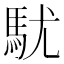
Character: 駀